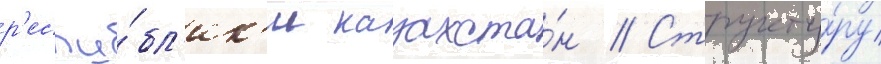
р'еспу́бл'ик'и казахста́н // Структу́ру